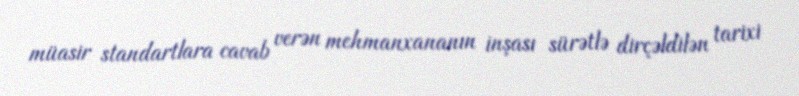
müasir standartlara cavab verən mehmanxananın inşası sürətlə dirçəldilən tarixi